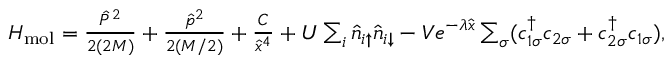
\begin{array} { r } { H _ { \mathrm { m o l } } = \frac { \hat { P } ^ { 2 } } { 2 ( 2 M ) } + \frac { \hat { p } ^ { 2 } } { 2 ( M / 2 ) } + \frac { C } { \hat { x } ^ { 4 } } + U \sum _ { i } \hat { n } _ { i \uparrow } \hat { n } _ { i \downarrow } - V e ^ { - \lambda \hat { x } } \sum _ { \sigma } ( c _ { 1 \sigma } ^ { \dagger } c _ { 2 \sigma } + c _ { 2 \sigma } ^ { \dagger } c _ { 1 \sigma } ) , } \end{array}